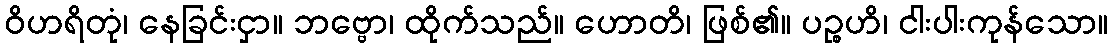
ဝိဟရိတုံ၊ နေခြင်းငှာ။ ဘဗ္ဗော၊ ထိုက်သည်။ ဟောတိ၊ ဖြစ်၏။ ပဉ္စဟိ၊ ငါးပါးကုန်သော။